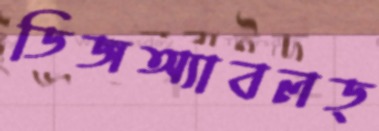
ডিজঅ্যাবলড্